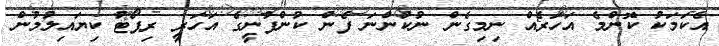
އެކަމަކު ކޮންމެ އަހަރެއް ނިމިގެން ނުކުންނަ ފެން ކުންފުނީގެ އަހަރީ ރިޕޯޓު ކިޔައިލުމުން